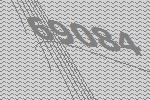
69084